Bréfritari: Sigríður Pálsdóttir
Viðtakandi: Páll Pálsson
Dagsetning: A-1863-06-29
Skrifað á: Breiðabólsstað  Rang.
Páll var bróðir Sigríðar

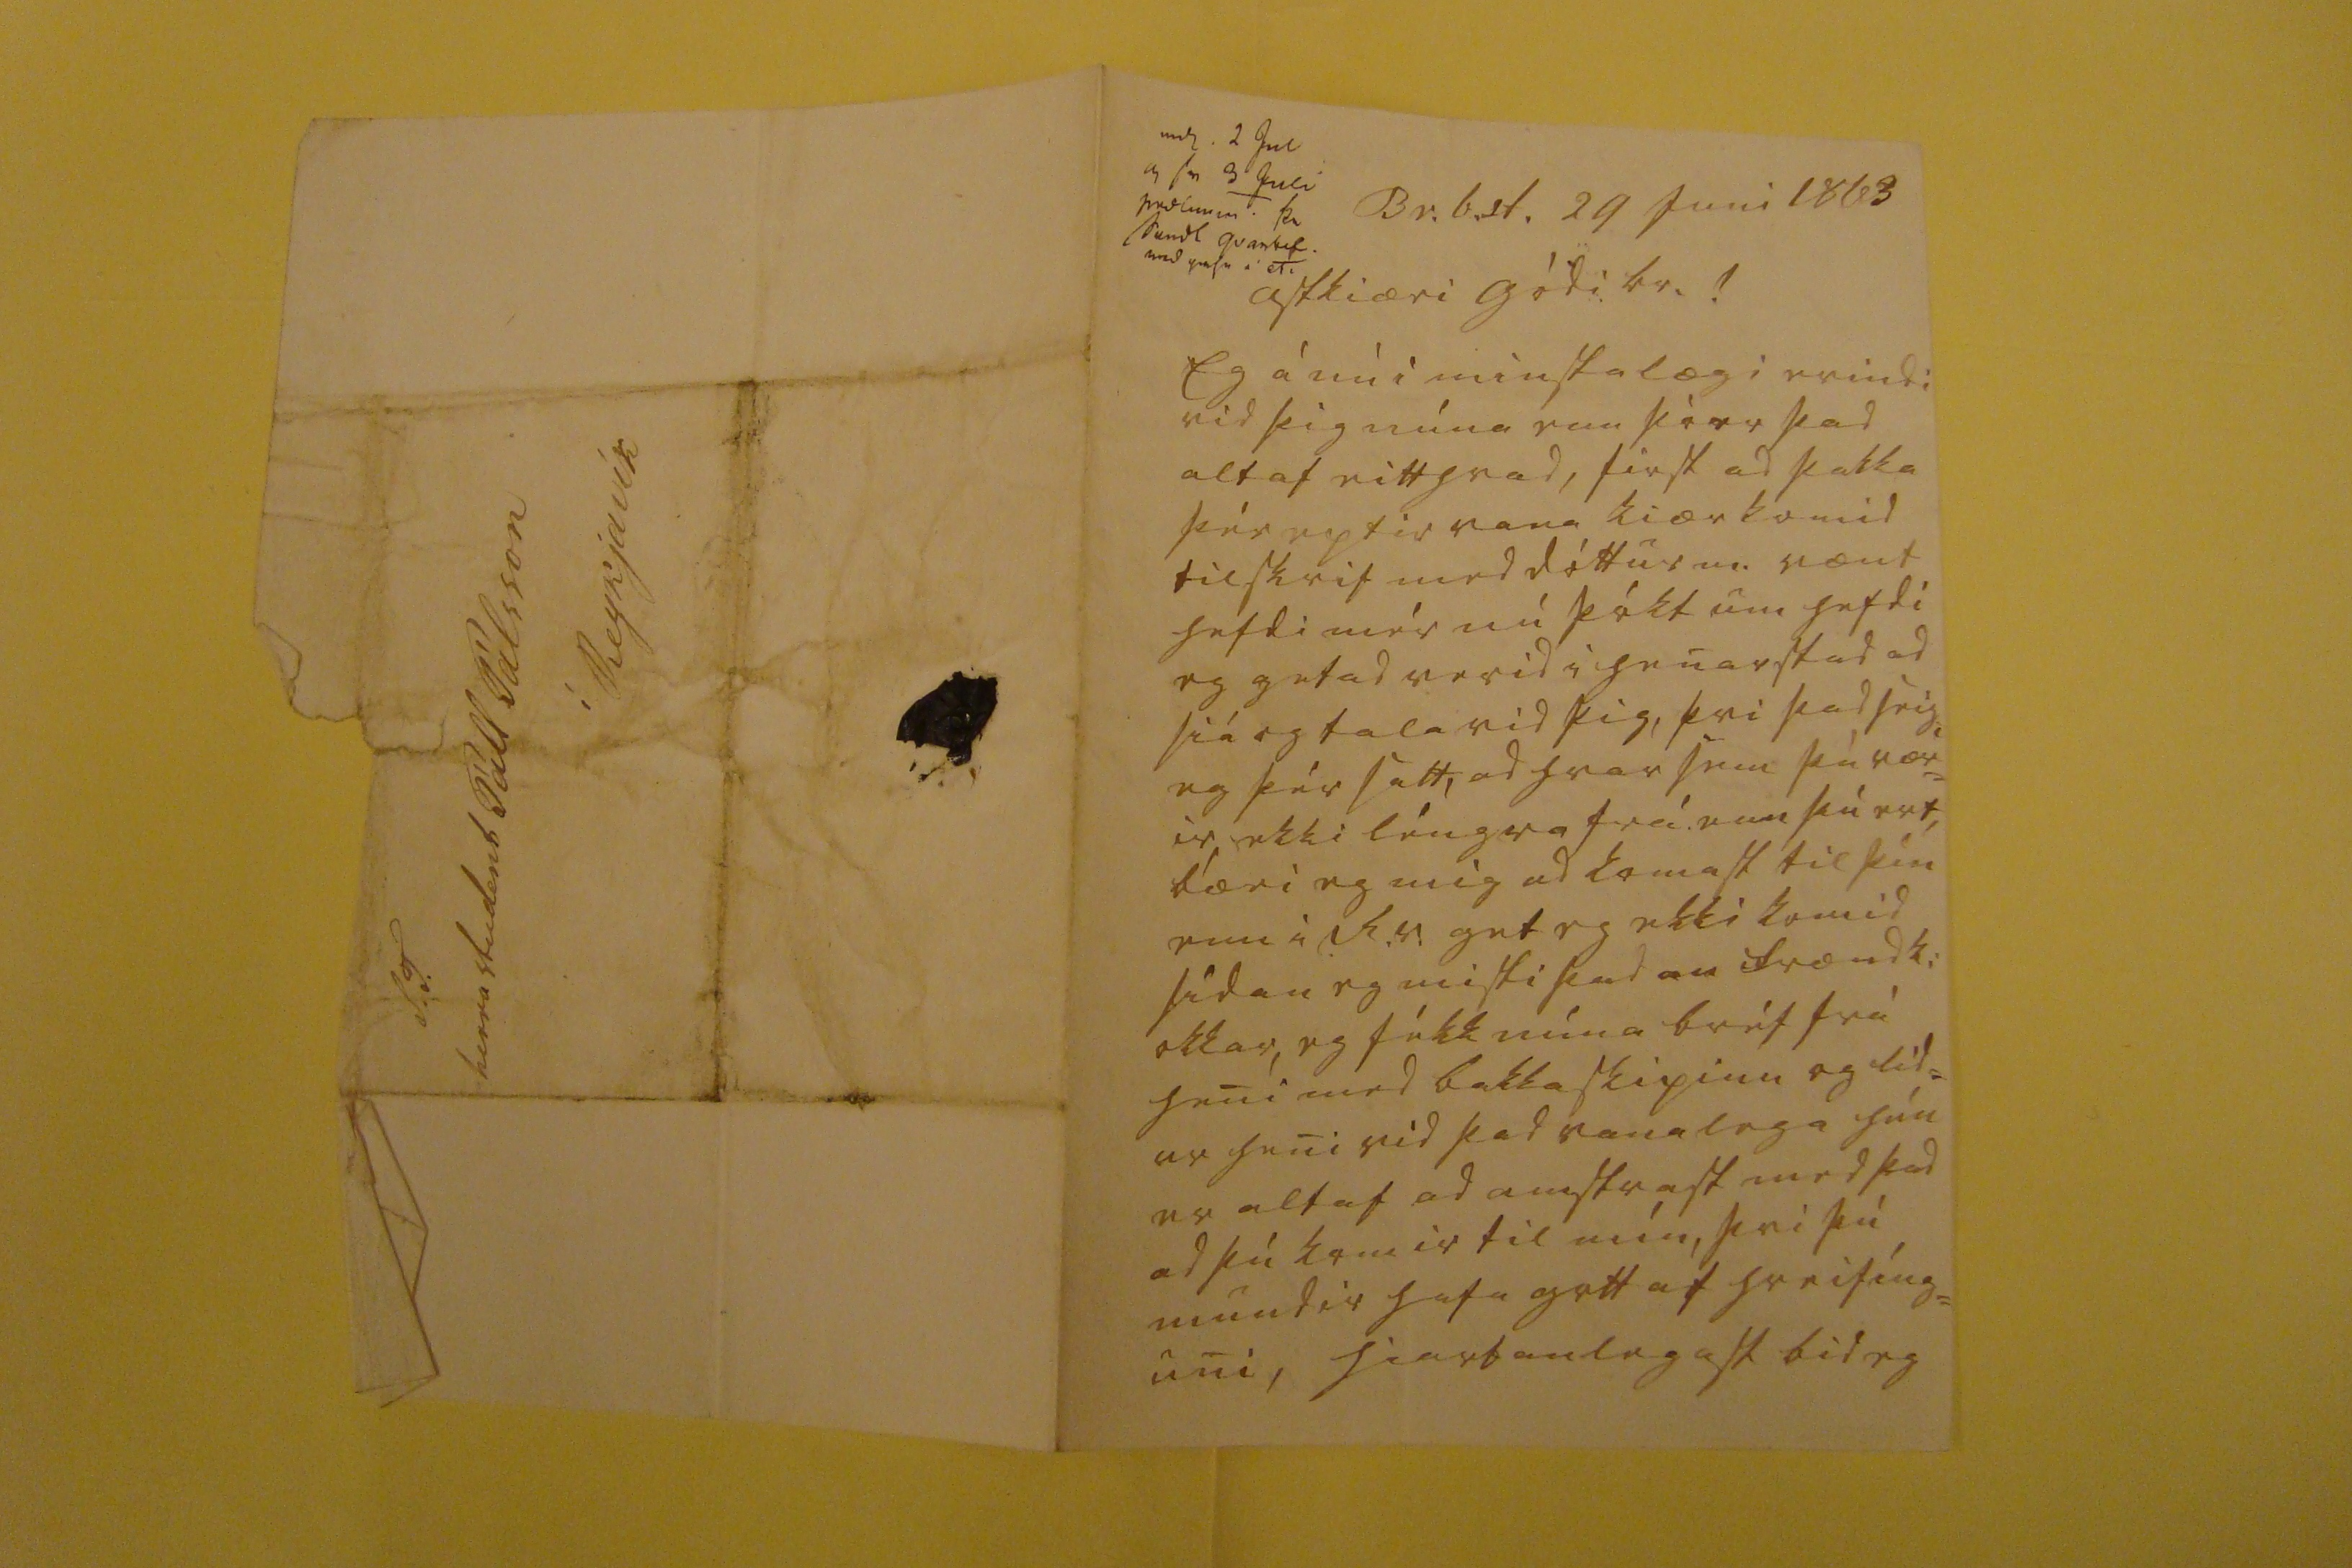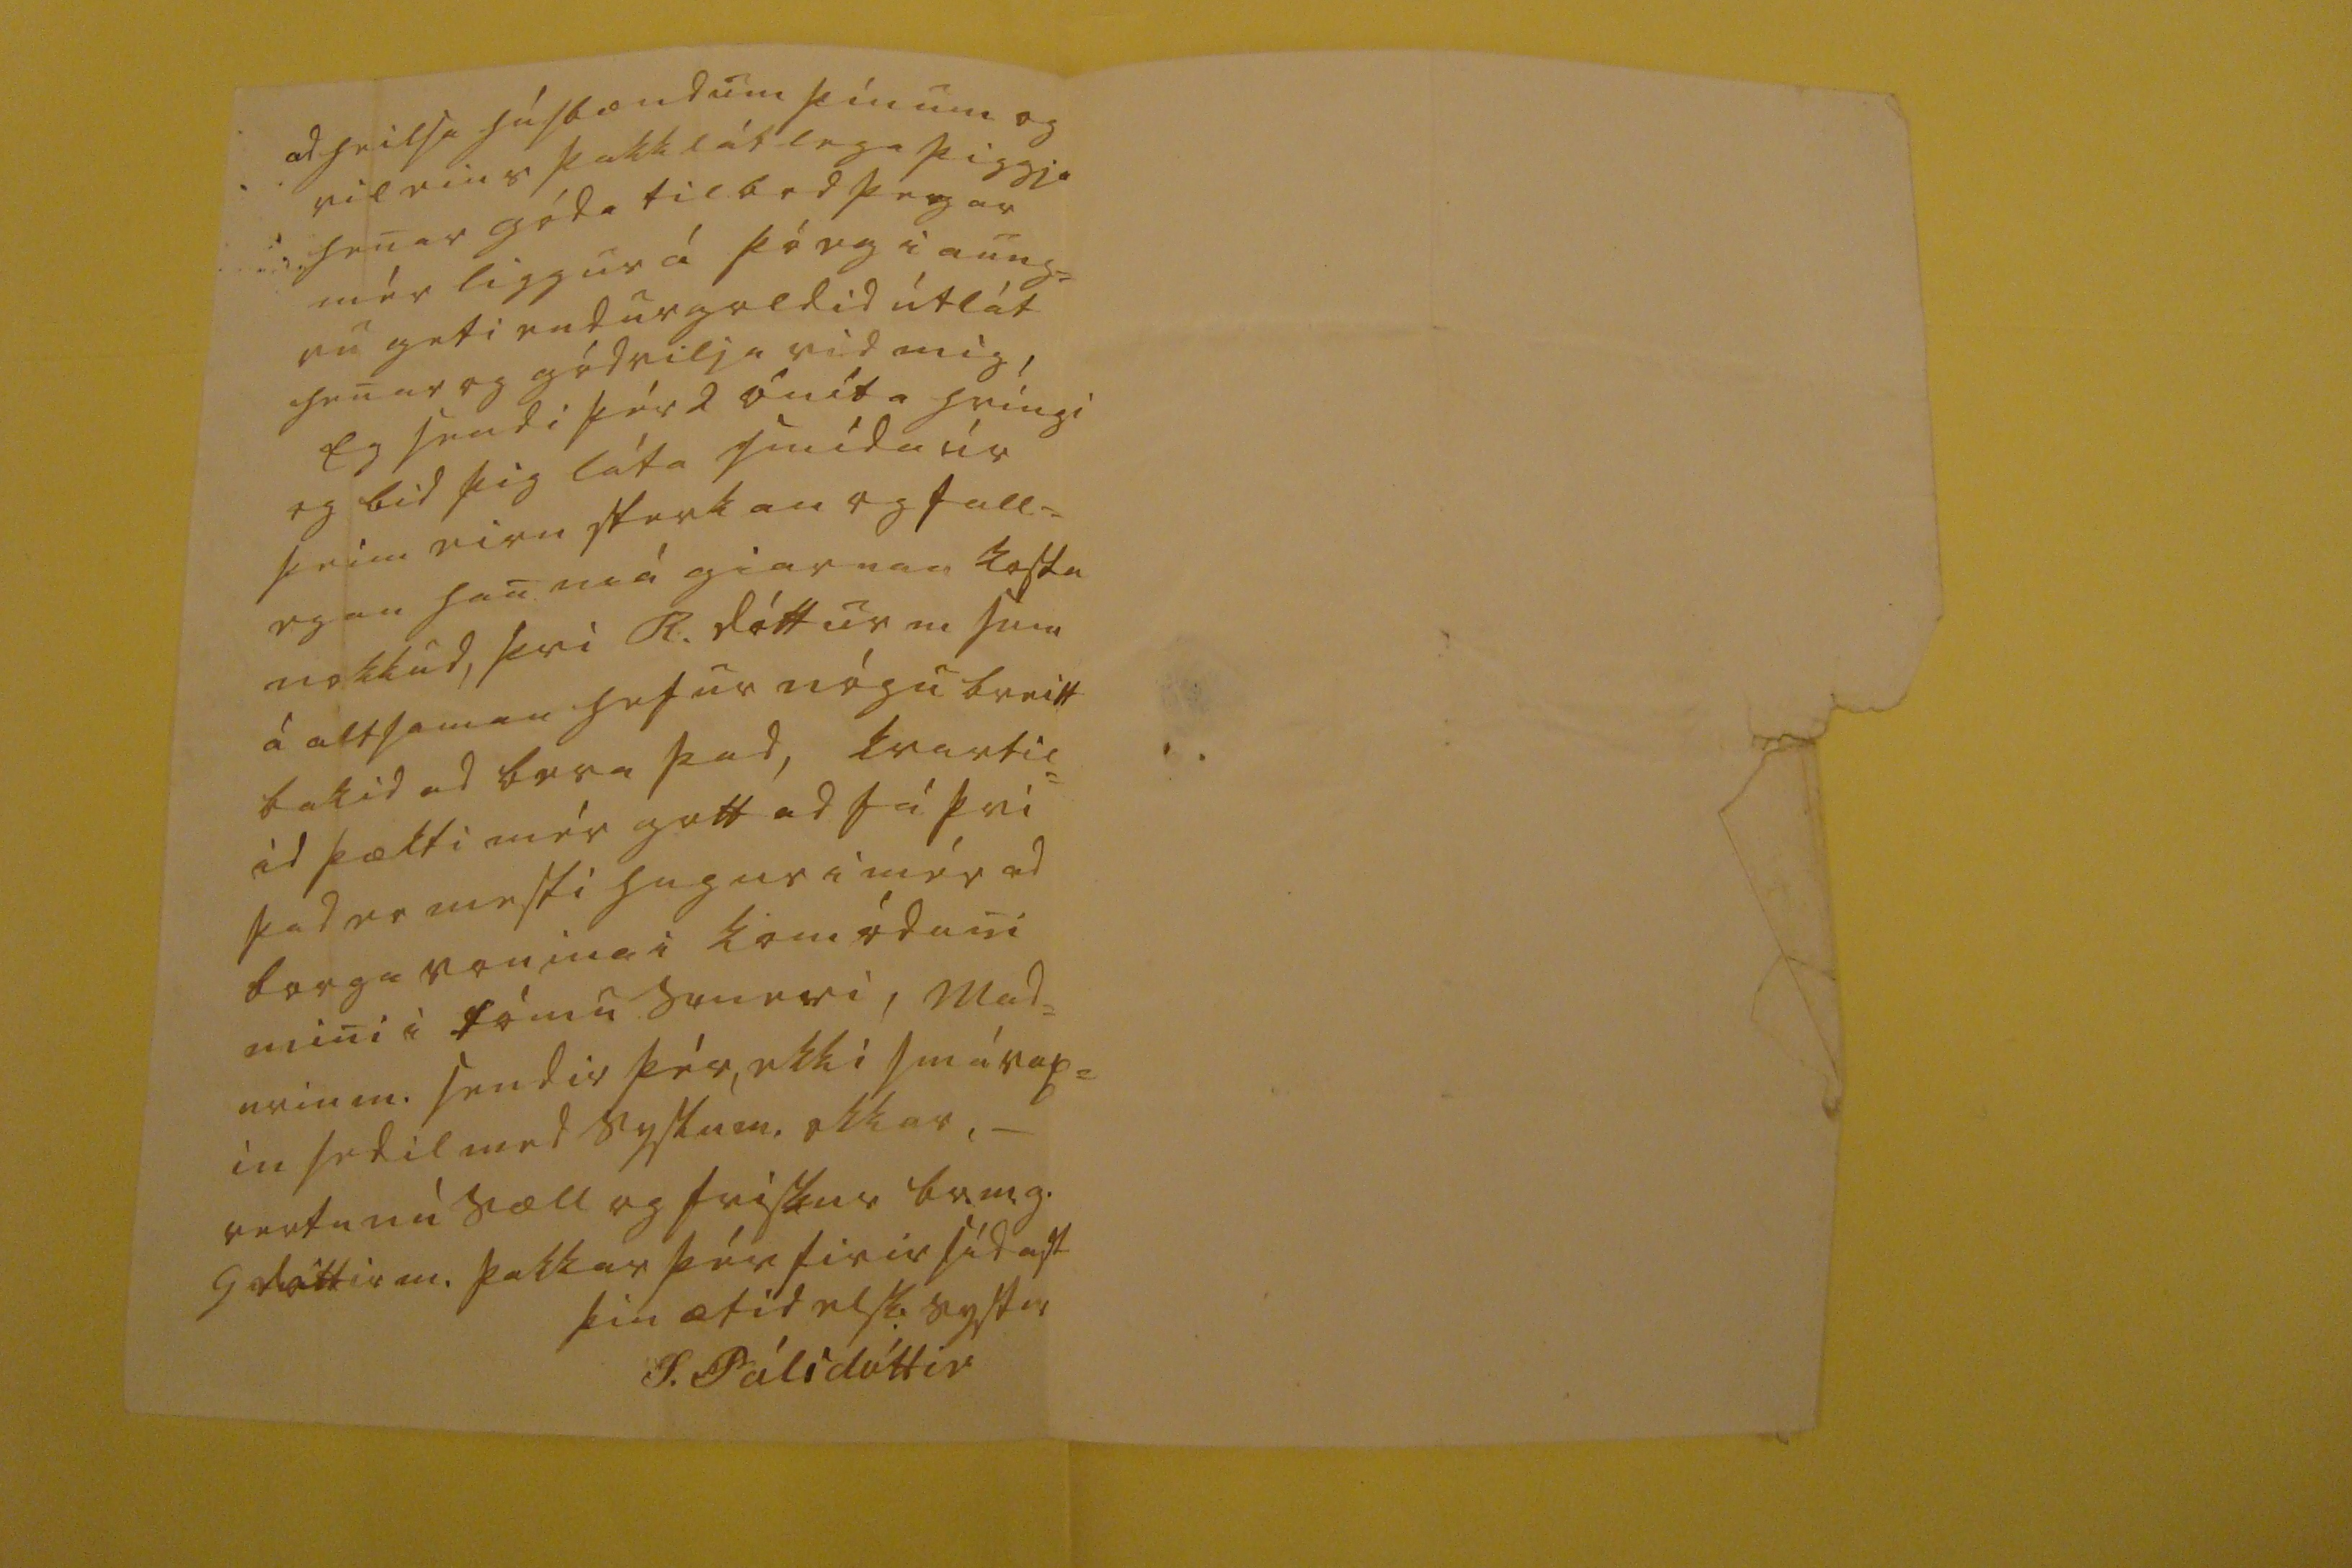

00 2 Jul 0 sv 3 Juli 00000 þ0 send0 qvartil. med nafni T.
Br.b.st. 29 Juni 1863
astkiæri gódi br.!
Eg á nú i minsta lægi erindi vid þig núna enn þó er þad altaf eitthvad, first ad þakka þér eptir vana kiærkomid tilskrif med dóttur m. vænt hefdi mér nú þókt um hefdi eg getad verid i henar stad ad siá og tala vid þig, þvi þad seigi eg þér satt, ad hvar sem þú vær= ir, ekki léngra frá enn þú ert, bæri eg mig ad komast til þín enn i R.v. get eg ekki komid sídan eg misti þadan frændk: okkar, eg fékk núna bréf frá heni med bakkaskipinu og líd= ur heni vid þad vanalega hún er altaf ad amstrast med þad ad þú komir til mín, þvi þú mundir hafa gott af hreifíng= uni, hiartanlegast bid eg
ad heilsa húsbændum þínum og vil eins þakklátlega þiggja henar góda tilbod þegar mér liggur á þó eg i aung= vu geti endurgoldid útlát henar og gódvilja vid mig, Eg sendi þér 2 óníta hringi og bid þig láta smída úr þeim eirn sterkan og fall= egan han má giarnan kosta nokkud, þvi R. dóttur m sem á altsaman hefur nógu breitt bakid ad bera þad, kvartil= id þækti mér gott ad fá þvi þad er mesti hugur i mér ad borga vonina i komóduni mini i tómu smeri, mad= urin m. sendir þér, ekki smá
vap=
in sedil med syslum. okkar._ vertu nú sæll og friskur br.m.g. G dóttir m. þakkar þér firir sídast
þín ætíd elsk. systir
S. Pálsdóttir
S.T. herra student Páll Pálsson í Reykjavík